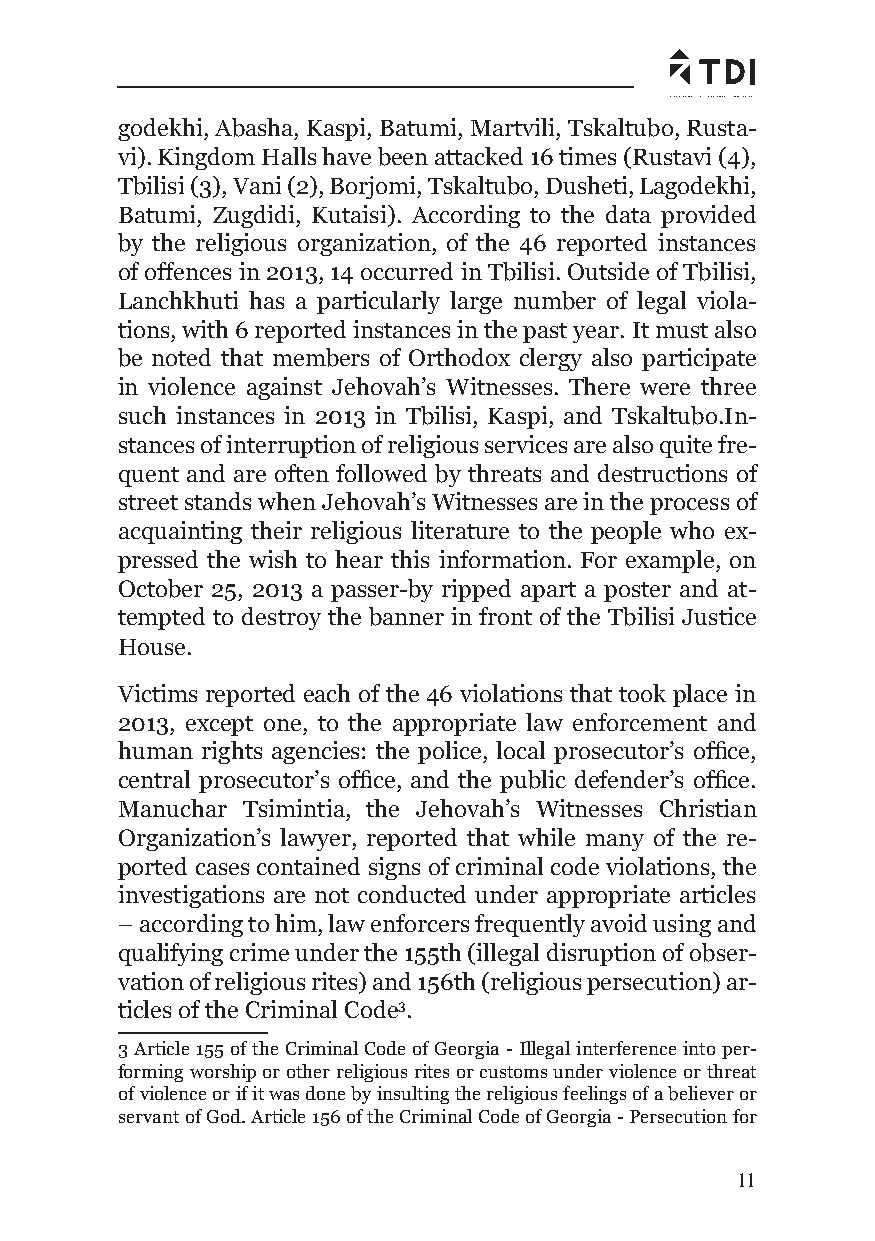
godekhi, Abasha, Kaspi, Batumi, Martvili, Tskaltubo, Rusta-
 vi). Kingdom Halls have been attacked 16 times (Rustavi (4),
 Tbilisi (3), Vani (2), Borjomi, Tskaltubo, Dusheti, Lagodekhi,
 Batumi, Zugdidi, Kutaisi). According to the data provided
 by the religious organization, of the 46 reported instances
 of offences in 2013, 14 occurred in Tbilisi. Outside of Tbilisi,
 Lanchkhuti has a particularly large number of legal viola-
 tions, with 6 reported instances in the past year. It must also
 be noted that members of Orthodox clergy also participate
 in violence against Jehovah’s Witnesses. There were three
 such instances in 2013 in Tbilisi, Kaspi, and Tskaltubo.In-
 stances of interruption of religious services are also quite fre-
 quent and are often followed by threats and destructions of
 street stands when Jehovah’s Witnesses are in the process of
 acquainting their religious literature to the people who ex-
 pressed the wish to hear this information. For example, on
 October 25, 2013 a passer-by ripped apart a poster and at-
 tempted to destroy the banner in front of the Tbilisi Justice
 House.
 Victims reported each of the 46 violations that took place in
 2013, except one, to the appropriate law enforcement and
 human rights agencies: the police, local prosecutor’s offi ce,
 central prosecutor’s offi ce, and the public defender’s offi ce.
 Manuchar Tsimintia, the Jehovah’s Witnesses Christian
 Organization’s lawyer, reported that while many of the re-
 ported cases contained signs of criminal code violations, the
 investigations are not conducted under appropriate articles
 – according to him, law enforcers frequently avoid using and
 qualifying crime under the 155th (illegal disruption of obser-
 vation of religious rites) and 156th (religious persecution) ar-
 ticles of the Criminal Code3.
 3 Article 155 of the Criminal Code of Georgia - Illegal interference into per-
 forming worship or other religious rites or customs under violence or threat
 of violence or if it was done by insulting the religious feelings of a believer or
 servant of God. Article 156 of the Criminal Code of Georgia - Persecution for
 11